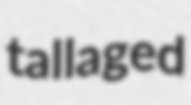
tallaged